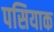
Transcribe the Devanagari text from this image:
पसियाक